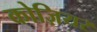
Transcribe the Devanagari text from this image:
कोज़ियर